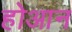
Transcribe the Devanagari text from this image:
होआन